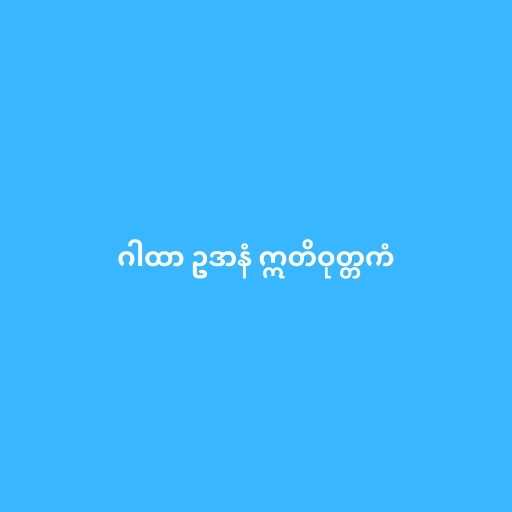
ဂါထာ ဥဒာနံ ဣတိဝုတ္တကံ